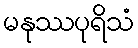
မနုဿပုရိသံ